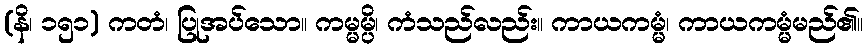
(နိ၊ ၁၅၁) ကတံ၊ ပြုအပ်သော။ ကမ္မမ္ပိ၊ ကံသည်လည်း။ ကာယကမ္မံ၊ ကာယကမ္မံမည်၏။